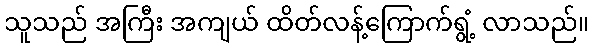
သူသည် အကြီး အကျယ် ထိတ်လန့်ကြောက်ရွံ့ လာသည်။